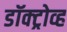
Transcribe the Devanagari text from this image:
डॉक्ट्रोव्ह